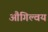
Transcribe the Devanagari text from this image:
औगिल्वय